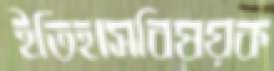
ইতিহাসবিষয়ক